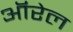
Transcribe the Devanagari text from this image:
ऑरेल